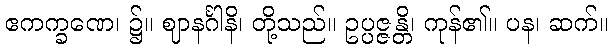
ဧကက္ခဏေ၊ ၌။ ဈာနင်္ဂါနိ၊ တို့သည်။ ဥပ္ပဇ္ဇန္တိ၊ ကုန်၏။ ပန၊ ဆက်။